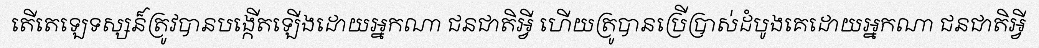
តើតេឡេទស្សន៏ត្រូវបានបង្កើតឡើងដោយអ្នកណា ជនជាតិអ្វី ហើយត្រូបានប្រើប្រាស់ដំបូងគេដោយអ្នកណា ជនជាតិអ្វី